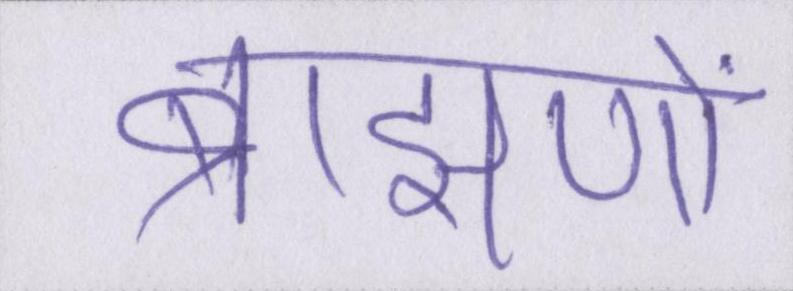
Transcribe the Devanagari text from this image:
ब्राह्मणों